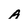
Character: A